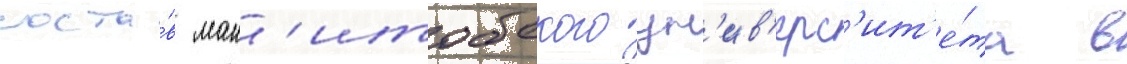
соста́в ман'итобского ун'ив'ерс'ит'е́та в